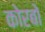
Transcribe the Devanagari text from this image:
कोरबो